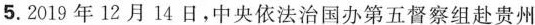
5.2019年12月14日，中央依法治国办第五督察组赴贵州